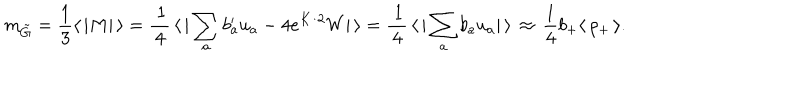
LaTeX: m _ { \tilde { G } } = { \frac { 1 } { 3 } } \langle \, | M | \, \rangle = \frac { \, 1 } { \, 4 \, } \, \langle \, | \sum _ { a } b _ { a } ^ { \prime } u _ { a } - 4 e ^ { K / 2 } W | \, \rangle = \frac { \, 1 } { \, 4 \, } \, \langle \, | \sum _ { a } b _ { a } u _ { a } | \, \rangle \, \approx \, { \frac { 1 } { 4 } } b _ { + } \langle \, \rho _ { + } \, \rangle .